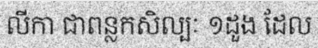
លីកា ជាពន្លកសិល្បៈ ១ដួង ដែល